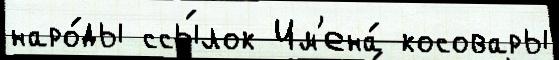
наро́ды ссы́лок Им'ена́ косовары